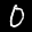
Label: 0